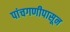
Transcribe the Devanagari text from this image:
पांचगणीपासून